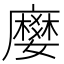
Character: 𭚅